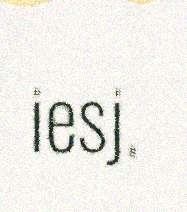
iesj.